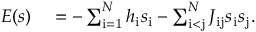
\begin{array} { r l } { E ( s ) } & { { } = - \sum _ { \mathrm { i = 1 } } ^ { N } h _ { \mathrm { i } } s _ { \mathrm { i } } - \sum _ { \mathrm { i < j } } ^ { N } J _ { \mathrm { i j } } s _ { \mathrm { i } } s _ { \mathrm { j } } . } \end{array}